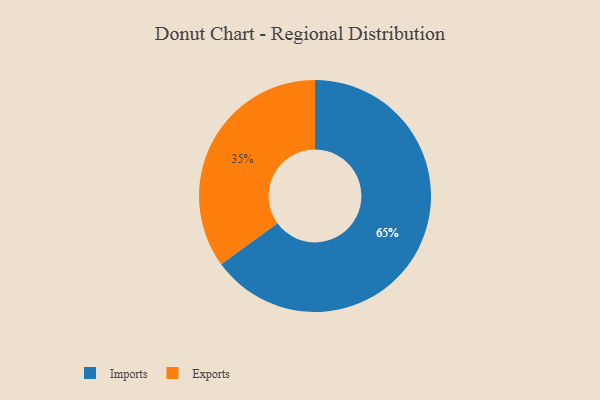
{"axis": {"x": "Category", "y": "Percentage"}, "legend": ["Exports", "Imports"], "data": [{"x": "Imports", "y": 65, "type": "Imports"}, {"x": "Exports", "y": 35, "type": "Exports"}]}